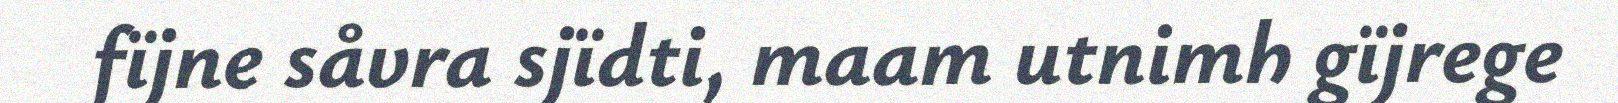
fïjne såvra sjïdti, maam utnimh gïjrege